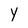
Character: Y